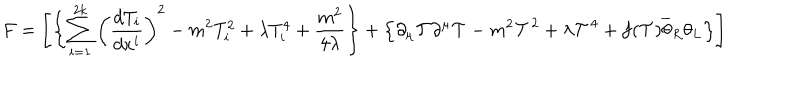
LaTeX: F = \left[ \left\{ \sum _ { i = 1 } ^ { 2 k } \left( \frac { d T _ { i } } { d x ^ { i } } \right) ^ { 2 } - m ^ { 2 } T _ { i } ^ { 2 } + \lambda T _ { i } ^ { 4 } + \frac { m ^ { 2 } } { 4 \lambda } \right\} + \left\{ \partial _ { \mu } \mathcal { T } \partial ^ { \mu } \mathcal { T } - m ^ { 2 } \mathcal { T } ^ { 2 } + \lambda \mathcal { T } ^ { 4 } + f ( \mathcal { T } ) \overline { { { \theta } } } _ { R } \theta _ { L } \right\} \right]